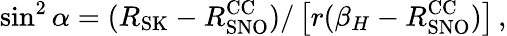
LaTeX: \sin^{2}\alpha={(R_{\mathrm{SK}}-R_{\mathrm{SNO}}^{\mathrm{CC}})/\left[r(\beta_{H}-R_{\mathrm{SNO}}^{\mathrm{CC}})\right]}\, ,